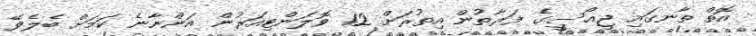
އޮތް ތާނގައި ޖީއޯސީގެ ފަރާތުން އިތުރަށް 12 ވޮލަންޓިއަރުން އަންނާނެ ކަމަށް ބެލެވޭ